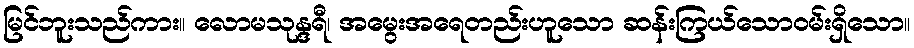
မြင်ဘူးသည်ကား။ လောမသုန္ဒရီ၊ အမွေးအရေတည်းဟူသော ဆန်းကြယ်သောဝမ်းရှိသော။